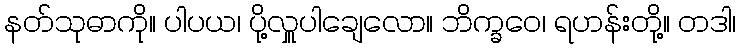
နတ်သုဓာကို။ ပါပယ၊ ပို့လှူပါချေလော။ ဘိက္ခဝေ၊ ရဟန်းတို့။ တဒါ၊